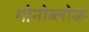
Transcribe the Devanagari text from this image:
मोनोब्लोक